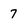
Character: 7